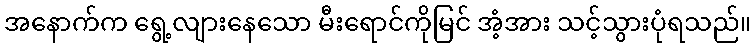
အနောက်က ရွေ့လျားနေသော မီးရောင်ကိုမြင် အံ့အား သင့်သွားပုံရသည်။